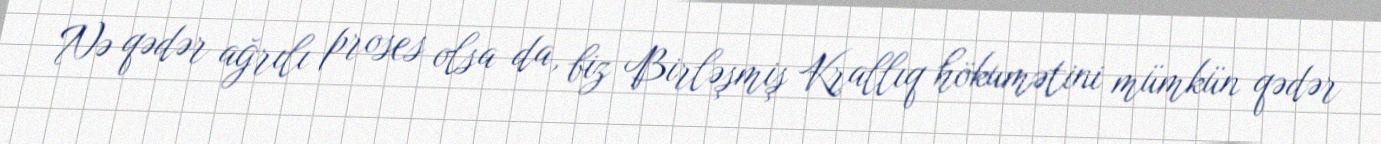
Nə qədər ağrılı proses olsa da, biz Birləşmiş Krallıq hökumətini mümkün qədər